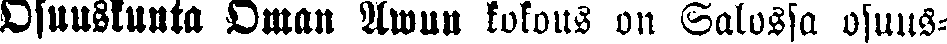
Osuuskunta Oman Awun kokous on Salossa osuus-